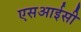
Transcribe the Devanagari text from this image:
एसआईसी